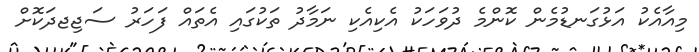
މިއާއެކު އަޅުގަނޑުމެން ކޮންމެ ދުވަހަކު އެކިއެކި ނަމާދު ތަކުގައި އެތައް ފަހަރު ސަޖިޖދަކޮށް